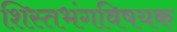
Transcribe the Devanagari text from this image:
शिस्तभंगविषयक